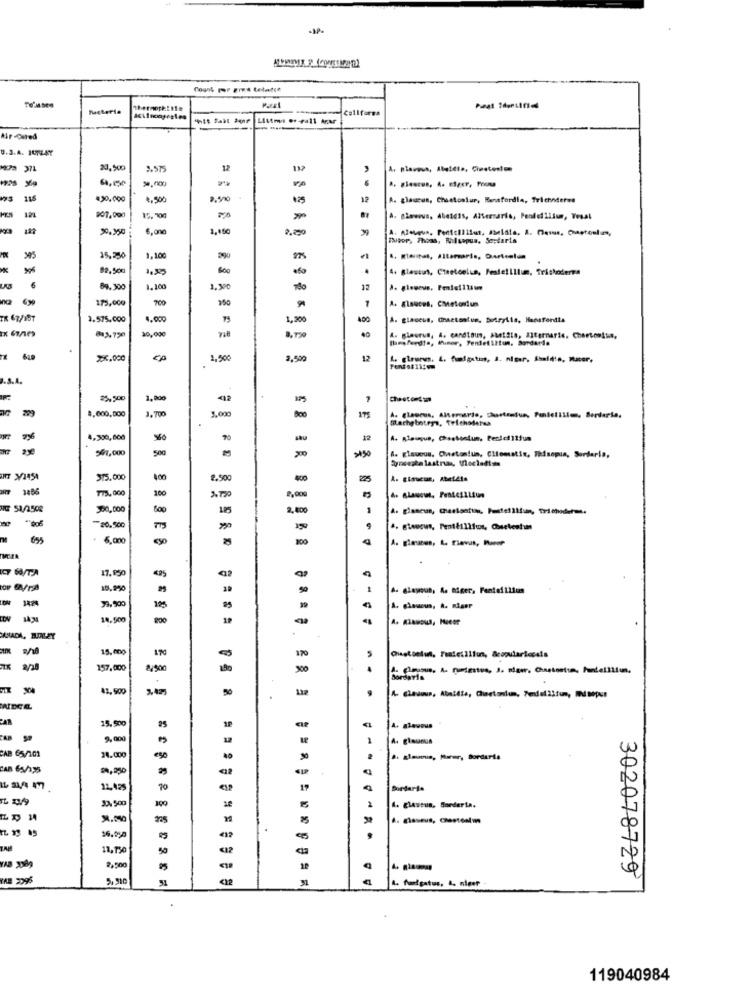
Count por eres telatch
Mugteria
Littmi o. - rall Arar
Air -Ceted
U.3.A. IUTLAY
HEPa 371
23.500
2.575
12
132
VA
430.000
4,500
2.900
425
12
A. glaucus, Cheetostur, Renfordia, Trichnterws
121
907.990
15,100
187
15,250
1.100
290
92,900
600
4. glaucus, Cteetonlus, Festeillium, Trichoderma
89.300
1.100
1.300
12
175,000
700
A. glsuces, chetonium
TR 67/157
1.575.000
4.000
75
1,200
400
A. glaceus, Ghactsatus, Botrytis, Hansfordts
30,000
40
Thenferd!a, thiner, Tendetiltun. Bordarde
4. ginorus, A. candtous, seiSia, Alternarie. Chertomita,
xx,000
1,900
2.500
12
........... .
.S.A.
85
$5,500
3.700
1.000
8,600,000
175
A. glaucus, Alercarlo, Chartentur, Fontelille, Serdaris.
4,300,000
12
547,000
500
A. glaucus, Cheton!un, Cliomatin, Thisopun, Sordaria,
375.000
400
2.500
400
3486
775.000
200
3.120
8,000
500,00
600
185
2,400
=0.500
157
6.000
ESSES
100
ICT 6/TA
17.850
10.290
50
33,500
195
14,500
800
MANADA, BLIRLEY
15.000
170
2/20
157,000
€/900
..
Sordaria
83, 900
15,500
9,000
1
A. glaucus
CAB 65/101
24.000
ego
CAB 65/195
27,250
11,425
70
Sordarle
12,500
2
1. glastun, Sorderin.
M
11.150
50
€12
2,500
YAB 2096
5,310
<12
302078729
119040984